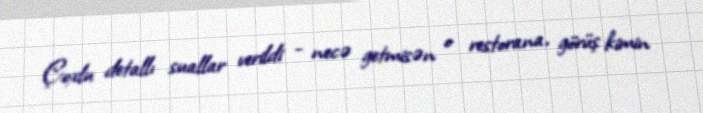
Çoxlu detallı suallar verildi - necə getmisən o restorana, görüş kimin